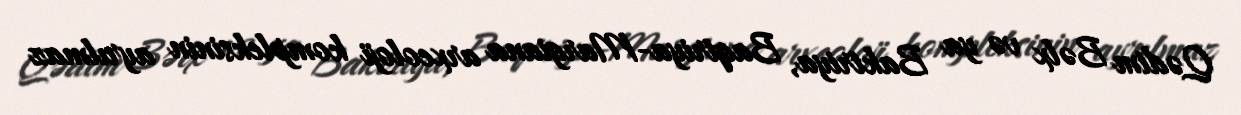
Qədim Bəlx və ya Baktriya, Baqtriya-Margiana arxeoloji kompleksinin ayrılmaz